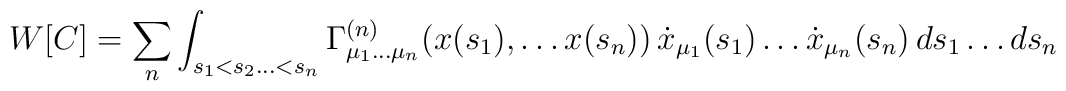
W[C]=\sum _{n}\int _{s_{1}<s_{2}\ldots <s_{n}}\Gamma ^{(n)}_{\mu _{1}\ldots \mu _{n}}(x(s_{1}),\ldots x(s_{n}))\, \dot{x}_{\mu _{1}}(s_{1})\ldots \dot{x}_{\mu _{n}}(s_{n})\, ds_{1}\ldots ds_{n}